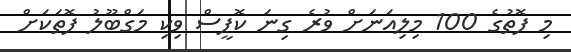
މި ފޮތުގެ 100 މިލިއަނަށް ވުރެ ގިނަ ކޮޕީސް ވިކި މަގްބޫލު ފޮތަކަށް